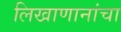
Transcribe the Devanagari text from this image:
लिखाणानांचा